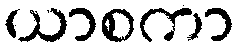
ယာစကာ